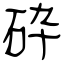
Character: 砕